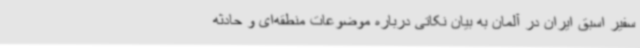
سفیر اسبق ایران در آلمان به بیان نکاتی درباره موضوعات منطقه‌ای و حادثه